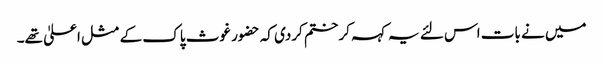
میں نے بات اس لئے یہ کہہ کر ختم کردی کہ حضور غوث پاک کے مثل اعلیٰ تھے۔